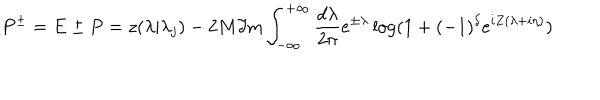
P ^ { \pm } = E \pm P = z ( \lambda | \lambda _ { j } ) - 2 M \Im \mathrm { m } \int _ { - \infty } ^ { + \infty } \frac { d \lambda } { 2 \pi } e ^ { \pm \lambda } \log ( 1 + ( - 1 ) ^ { \delta } e ^ { i Z ( \lambda + i \eta ) } )